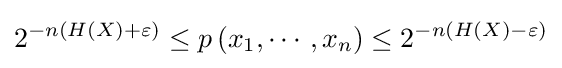
2^{-n(H(X)+\varepsilon )}\leq p\left(x_{1},\cdots ,x_{n}\right)\leq 2^{-n(H(X)-\varepsilon )}